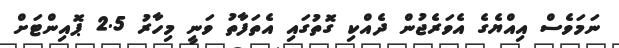
ނަމަވެސް އިއްޔެގެ އެވަރެޖުން ދެއްކި ގޮތުގައި އެތަފާތު ވަނީ މިހާރު 2.5 ޕޮއިންޓަށް